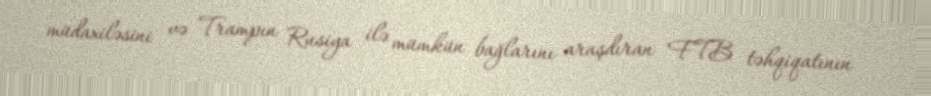
müdaxiləsini və Trampın Rusiya ilə mümkün bağlarını araşdıran FTB təhqiqatının